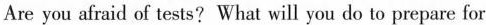
Are you afraid of tests?What will you do to prepare for